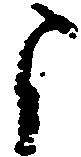
よ